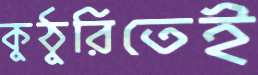
কুঠুরিতেই